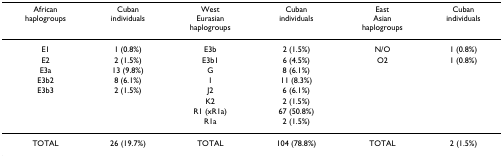
<table><thead><tr><td><b>African haplogroups</b></td><td><b>Cuban individuals</b></td><td><b>West Eurasian haplogroups</b></td><td><b>Cuban individuals</b></td><td><b>East Asianhaplogroups</b></td><td><b>Cuban individuals</b></td></tr></thead><tbody><tr><td>E1</td><td>1 (0.8%)</td><td>E3b</td><td>2 (1.5%)</td><td>N/O</td><td>1 (0.8%)</td></tr><tr><td>E2</td><td>2 (1.5%)</td><td>E3b1</td><td>6 (4.5%)</td><td>O2</td><td>1 (0.8%)</td></tr><tr><td>E3a</td><td>13 (9.8%)</td><td>G</td><td>8 (6.1%)</td><td></td><td></td></tr><tr><td>E3b2</td><td>8 (6.1%)</td><td>I</td><td>11 (8.3%)</td><td></td><td></td></tr><tr><td>E3b3</td><td>2 (1.5%)</td><td>J2</td><td>6 (6.1%)</td><td></td><td></td></tr><tr><td></td><td></td><td>K2</td><td>2 (1.5%)</td><td></td><td></td></tr><tr><td></td><td></td><td>R1 (xR1a)</td><td>67 (50.8%)</td><td></td><td></td></tr><tr><td></td><td></td><td>R1a</td><td>2 (1.5%)</td><td></td><td></td></tr><tr><td>TOTAL</td><td>26 (19.7%)</td><td>TOTAL</td><td>104 (78.8%)</td><td>TOTAL</td><td>2 (1.5%)</td></tr></tbody></table>